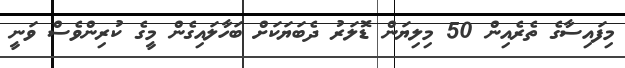
މިފައިސާގެ ތެރެއިން 50 މިލިޔަން ޑޮލަރު ދެބަޔަކަށް ބަހާލައިގެން މީގެ ކުރިންވެސް ވަނީ